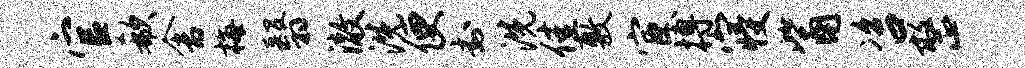
官欷舍梅翳澈洗便封洗佳敷宦搏寝觜咨整